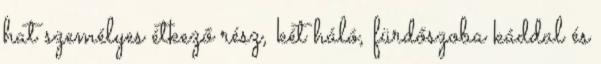
hat személyes étkező rész, két háló, fürdőszoba káddal és